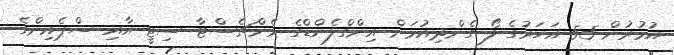
އުމުރުން 55 އަހަރުގެ ލޯ ގެންދިއުމަށް އިންގްލެންޑްގެ މެންޗެސްޓާ ސިޓީ އާއި ސްޕެއިންގެ